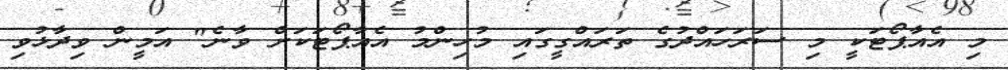
މި އެއާޕޯޓަކީ މި ސަރަހައްދުގެ ތަރައްގީގައި މުހިންމު އެއާޕޯޓަކަށް ވާނެ" އަމީން ވިދާޅުވި